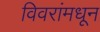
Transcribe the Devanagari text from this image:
विवरांमधून